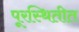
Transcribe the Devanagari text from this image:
पूरस्थितीत